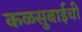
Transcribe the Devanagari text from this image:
कळसुबाईची